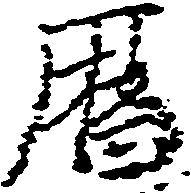
暦